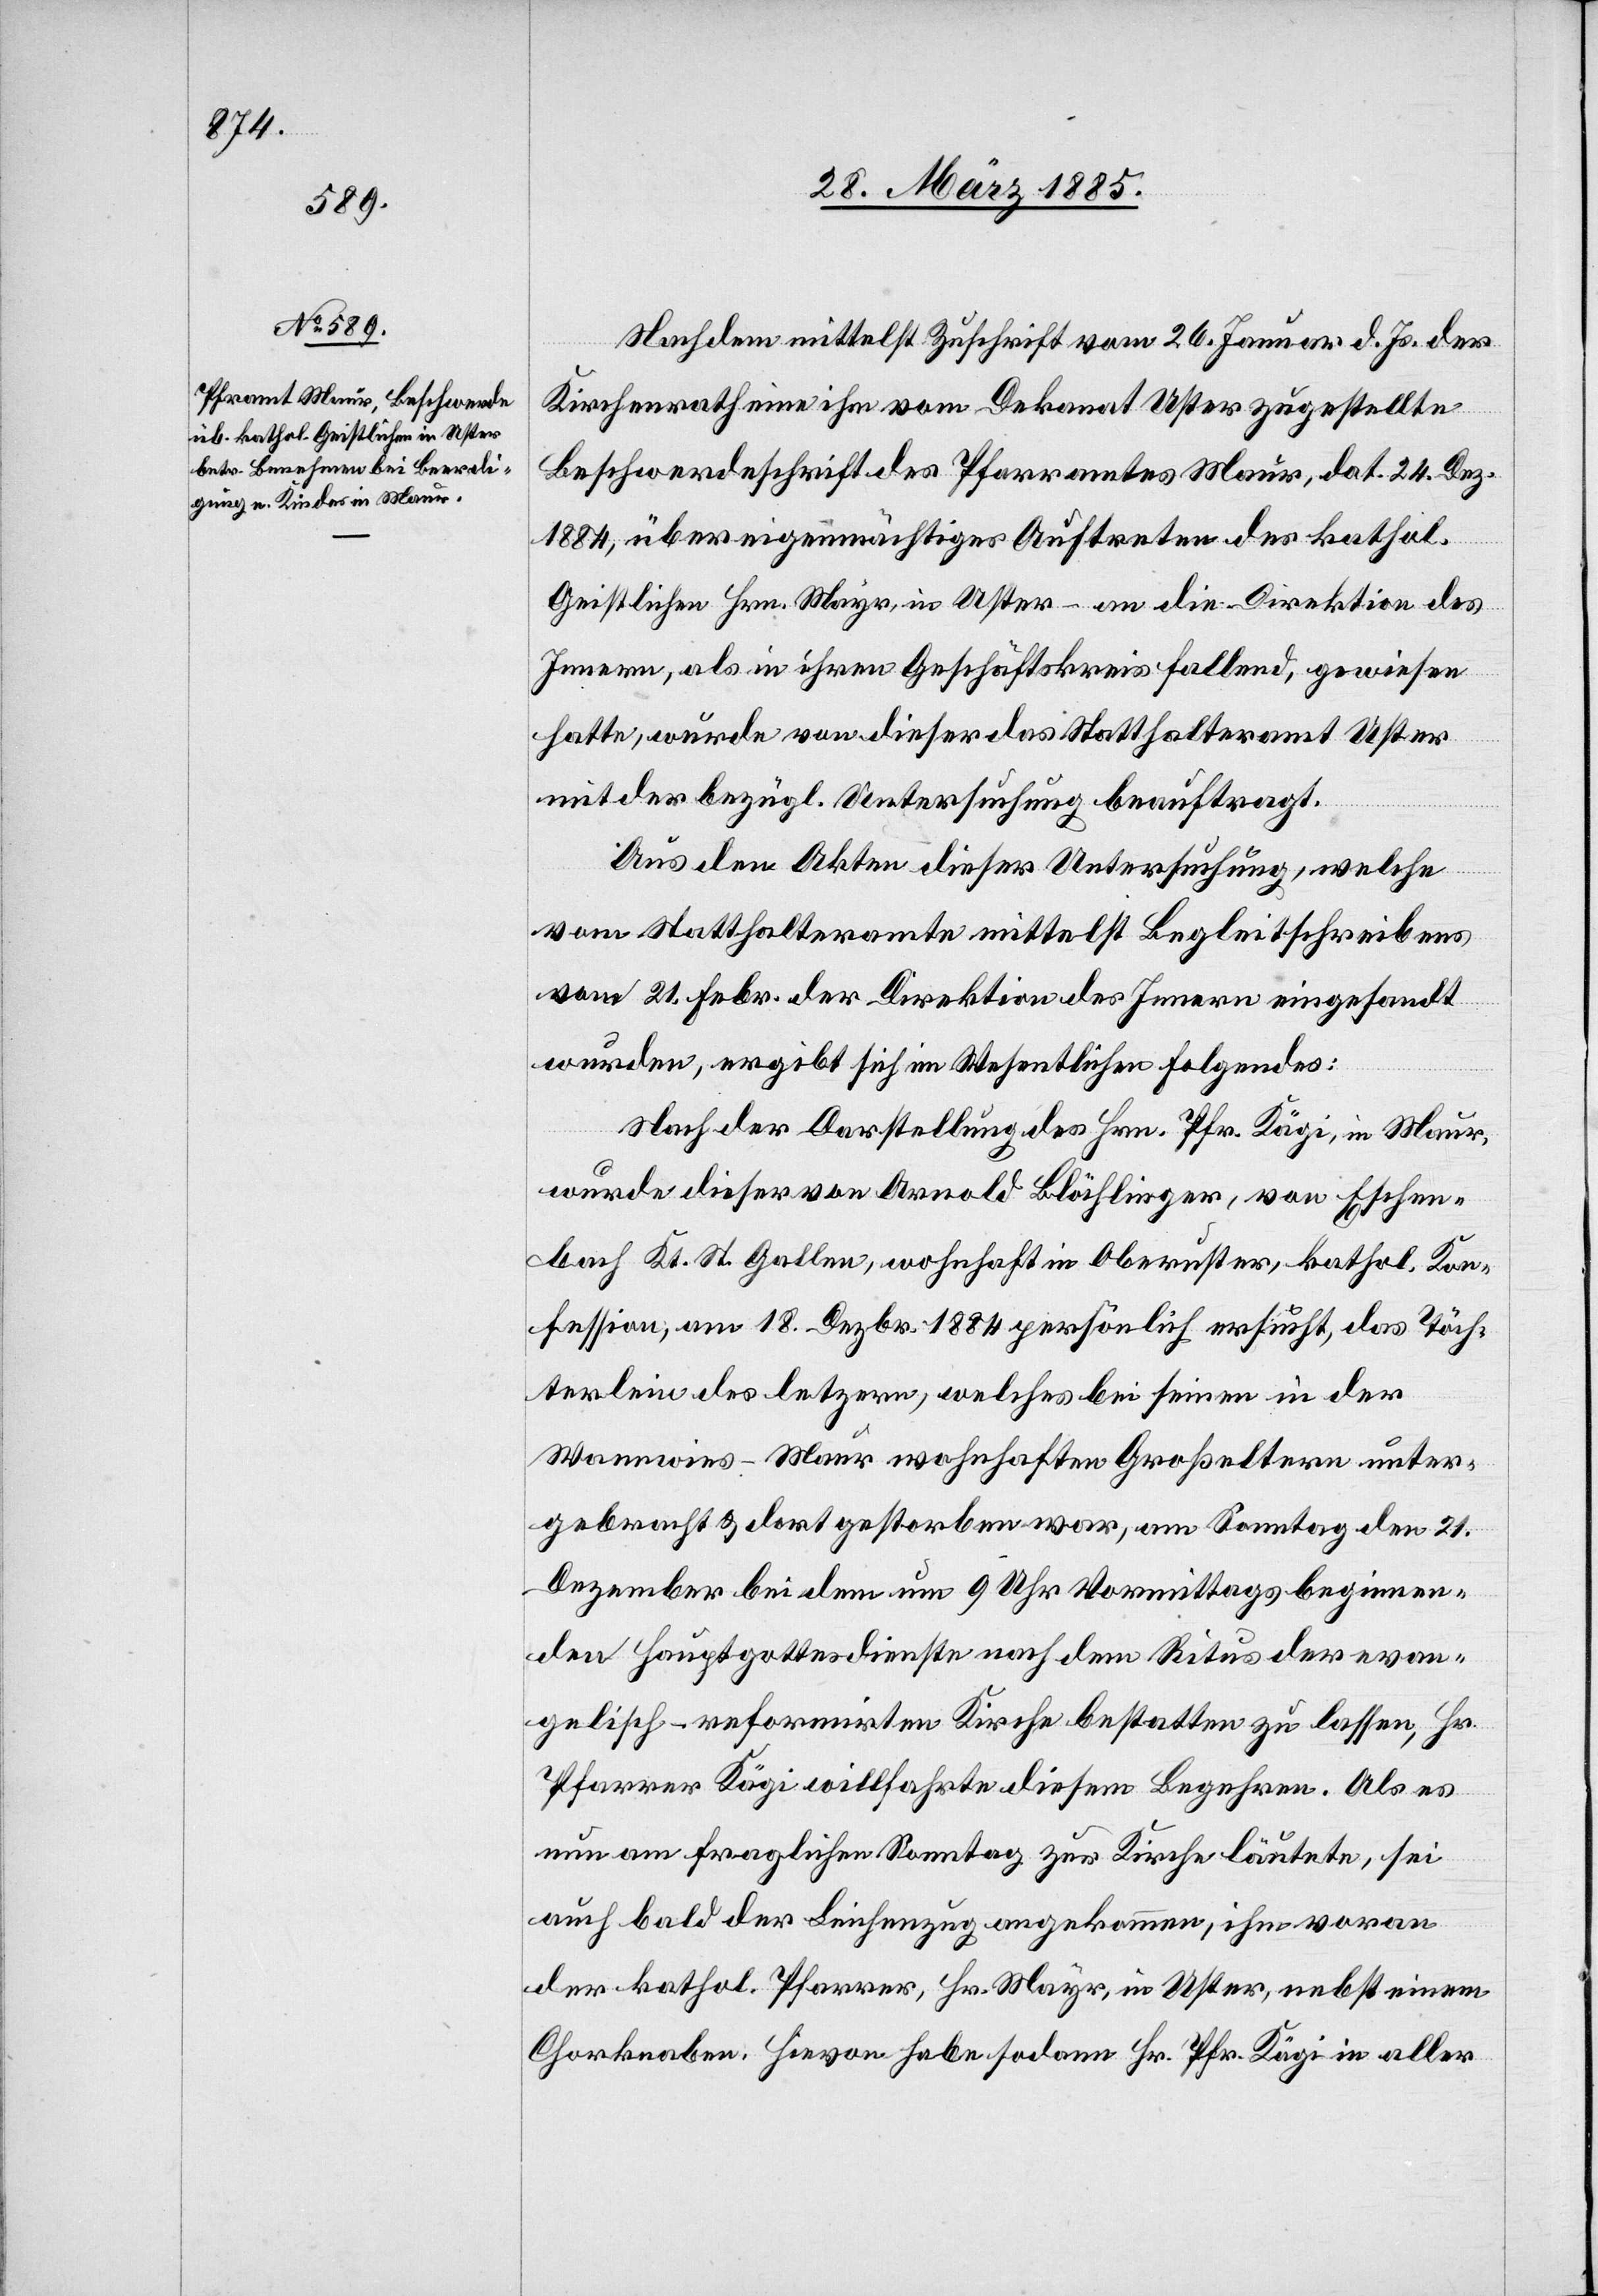
Nachdem mittelst Zuschrift vom 26. Januar d. Js. der
Kirchenrath eine ihm vom Dekanat Uster zugestellte
Beschwerdeschrift des Pfarramtes Maur, dat. 24. Dez.
1884, über eigenmächtiges Auftreten des kathol.
Geistlichen Hrn. Mayr, in Uster – an die Direktion des
Innern, als in ihren Geschäftskreis fallend gewiesen
hatte, wurde von dieser das Statthalteramt Uster
mit der bezügl. Untersuchung beauftragt.
Aus den Akten dieser Untersuchung, welche
vom Statthalteramte mittelst Begleitschreibens
vom 21. Febr. der Direktion des Innern eingesandt
wurden, ergibt sich im Wesentlichen Folgendes:
Nach der Darstellung des Hrn. Pfr. Kägi, in Maur,
wurde dieser von Arnold Blöchlinger, von Eschen¬
bach Kt. St. Gallen, wohnhaft in Oberuster, kathol. Kon¬
fession, am 18. Dezbr. 1884 persönlich ersucht, das Töch¬
terlein des letztern, welches bei seinen in der
Wannwies - Maur wohnhaften Großeltern unter¬
gebracht & dort gestorben war, am Sonntag den 21.
Dezember bei dem um 9 Uhr Vormittags beginnen¬
den Hauptgottesdienste nach dem Ritus der evan¬
gelisch-reformirten Kirche bestatten zu lassen, Hr.
Pfarrer Kägi willfahrte diesem Begehren. Als es
nun am fraglichen Sonntag zur Kirche läutete, sei
auch bald der Leichenzug angekommen, ihm voran
der kathol. Pfarrer, Hr. Mayr, in Uster nebst einem
Chorknaben. Hievon habe sodann Hr. Pfr. Kägi in aller